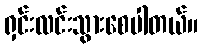
ရှင်းလင်းသွားစေပါတယ်။